Report on sanitation, dispensaries, and jails in Rajputana for 1917, and on vaccination for the year 1917-1918 - 1917-1918
Year: 1917
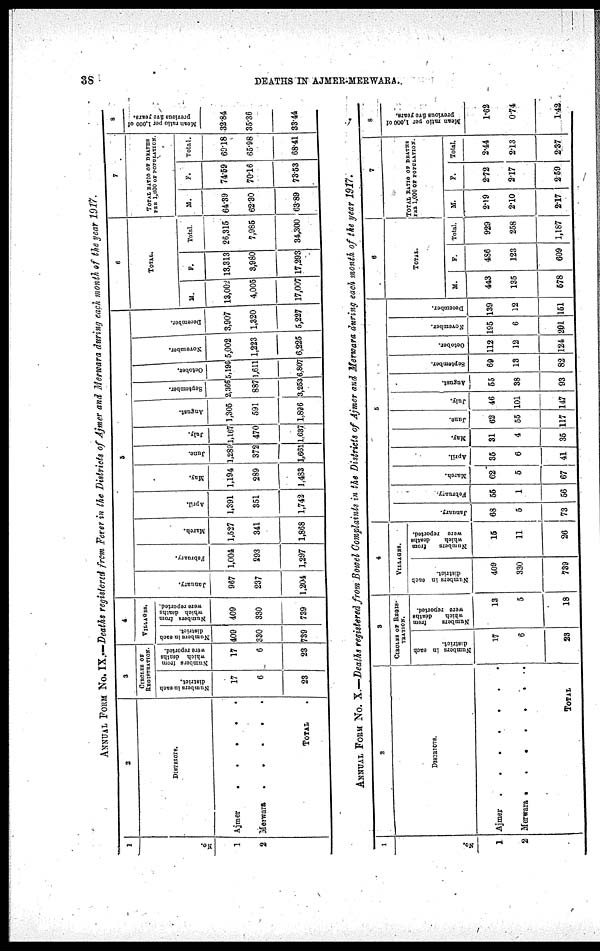
38
DEATHS IN AJMER-MERWARA.
ANNUAL FORM No. IX—Deaths registered from Fever in the Districts of Ajmer and Merwara during each month of the year 1917.
1
No.
1
2
2
DISTRICTS.
Ajmer
.
.
.
.
.
Merwara . . . . .
TOTAL
3
CIRCLES OF
REGISTRATION.
Number in each
district.
17
6
23
Numbers
which
deaths
were
17
6
23
4
VILLAGES.
Number in each
district.
409
330
739
Numbers
which
were
reported.
409
330
739
5
January.
967
237
1,204
February.
1,004
293
1,297
March.
1,527
341
1,868
April.
1,391
351
1,742
May.
1,194
289
1,483
June.
1,289
372
1,661
July.
1,167
470
1,637
August.
1,305
591
1,896
September.
2,366
887
3,253
October.
5,196
1,611
6,807
November.
5,002
1,223
6,227
December.
3,907
1,320
5,227
6
TOTAL.
M.
13,002
4,005
17,007
F.
13,313
3,980
17,293
Total.
26,315
7,985
34,300
7
TOTAL RATIO OF DEATHS
PER 1,000 OF POPULATION
M.
64.39
62.30
63.89
F.
74.59
70.16
73.53
Total.
69.18
65.98
68.41
8
Mean ratio per 1,000 of
previous
five
years.
32.84
35.36
33.44
ANNUAL FORM No. X.—Deaths registered from Bowel Complaints in the Districts of Ajmer and Merwara during each month of the year 1917.
1
No.
1
2
2
DISTRICTS
Ajmer . . . . . .
Merwara . . . . . .
TOTAL .
3
CIRCLES OF REGIS¬
TRATION.
Number in each
district.
17
6
23
Numbers
from
which
deaths
were
reported.
13
5
18
4
VILLAGES.
Numbers in each
district.
409
330
739
Numbers
from
which
were
reported.
15
11
26
5
January.
68
5
73
February.
55
1
56
March.
62
5
67
April.
35
6
41
May.
31
4
35
June.
62
55
117
July.
46
101
147
August.
55
38
93
September.
69
13
82
October.
112
12
124
November.
195
6
201
December.
139
12
151
6
TOTAL.
M.
443
135
578
F.
486
123
609
Total.
929
258
1,187
7
TOTAL RATIO OF DEATHS
PER 1,000 OF POPULATION.
M.
2.19
2.10
2.17
F.
2.72
2.17
2.59
Total.
2.44
2.13
2.37
8
Mean ratio per 1,000 of previous
five
years.
1.62
0.74
1.42